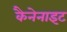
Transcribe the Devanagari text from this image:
कैनेनाइट